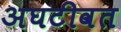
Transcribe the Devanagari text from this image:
अघटीवत